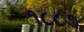
૧૮૮૭